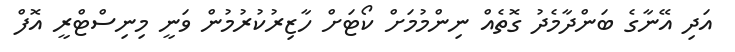
އަދި އޭނާގެ ބަންދާމެދު ގޮތެއް ނިންމުމަށް ކޯޓަށް ހާޒިރުކުރުމުން ވަނީ މިނިސްޓްރީ އޮފް